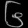
Digit: ၆